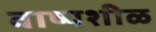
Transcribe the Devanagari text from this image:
वाष्पशीळ